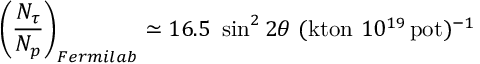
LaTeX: \left( { \frac { N _ { \tau } } { N _ { p } } } \right) _ { F e r m i l a b } \simeq 1 6 . 5 ~ \sin ^ { 2 } 2 \theta ~ ( \mathrm { k t o n } ~ 1 0 ^ { 1 9 } \, \mathrm { p o t } ) ^ { - 1 }